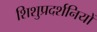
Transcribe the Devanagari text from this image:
शिशुप्रदर्शनियों